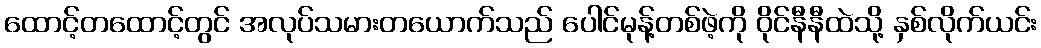
ထောင့်တထောင့်တွင် အလုပ်သမားတယောက်သည် ပေါင်မုန့်တစ်ဖဲ့ကို ဝိုင်နီနီထဲသို့ နှစ်လိုက်ယင်း